Eesti_Toorahva_Kommuun, lk 34
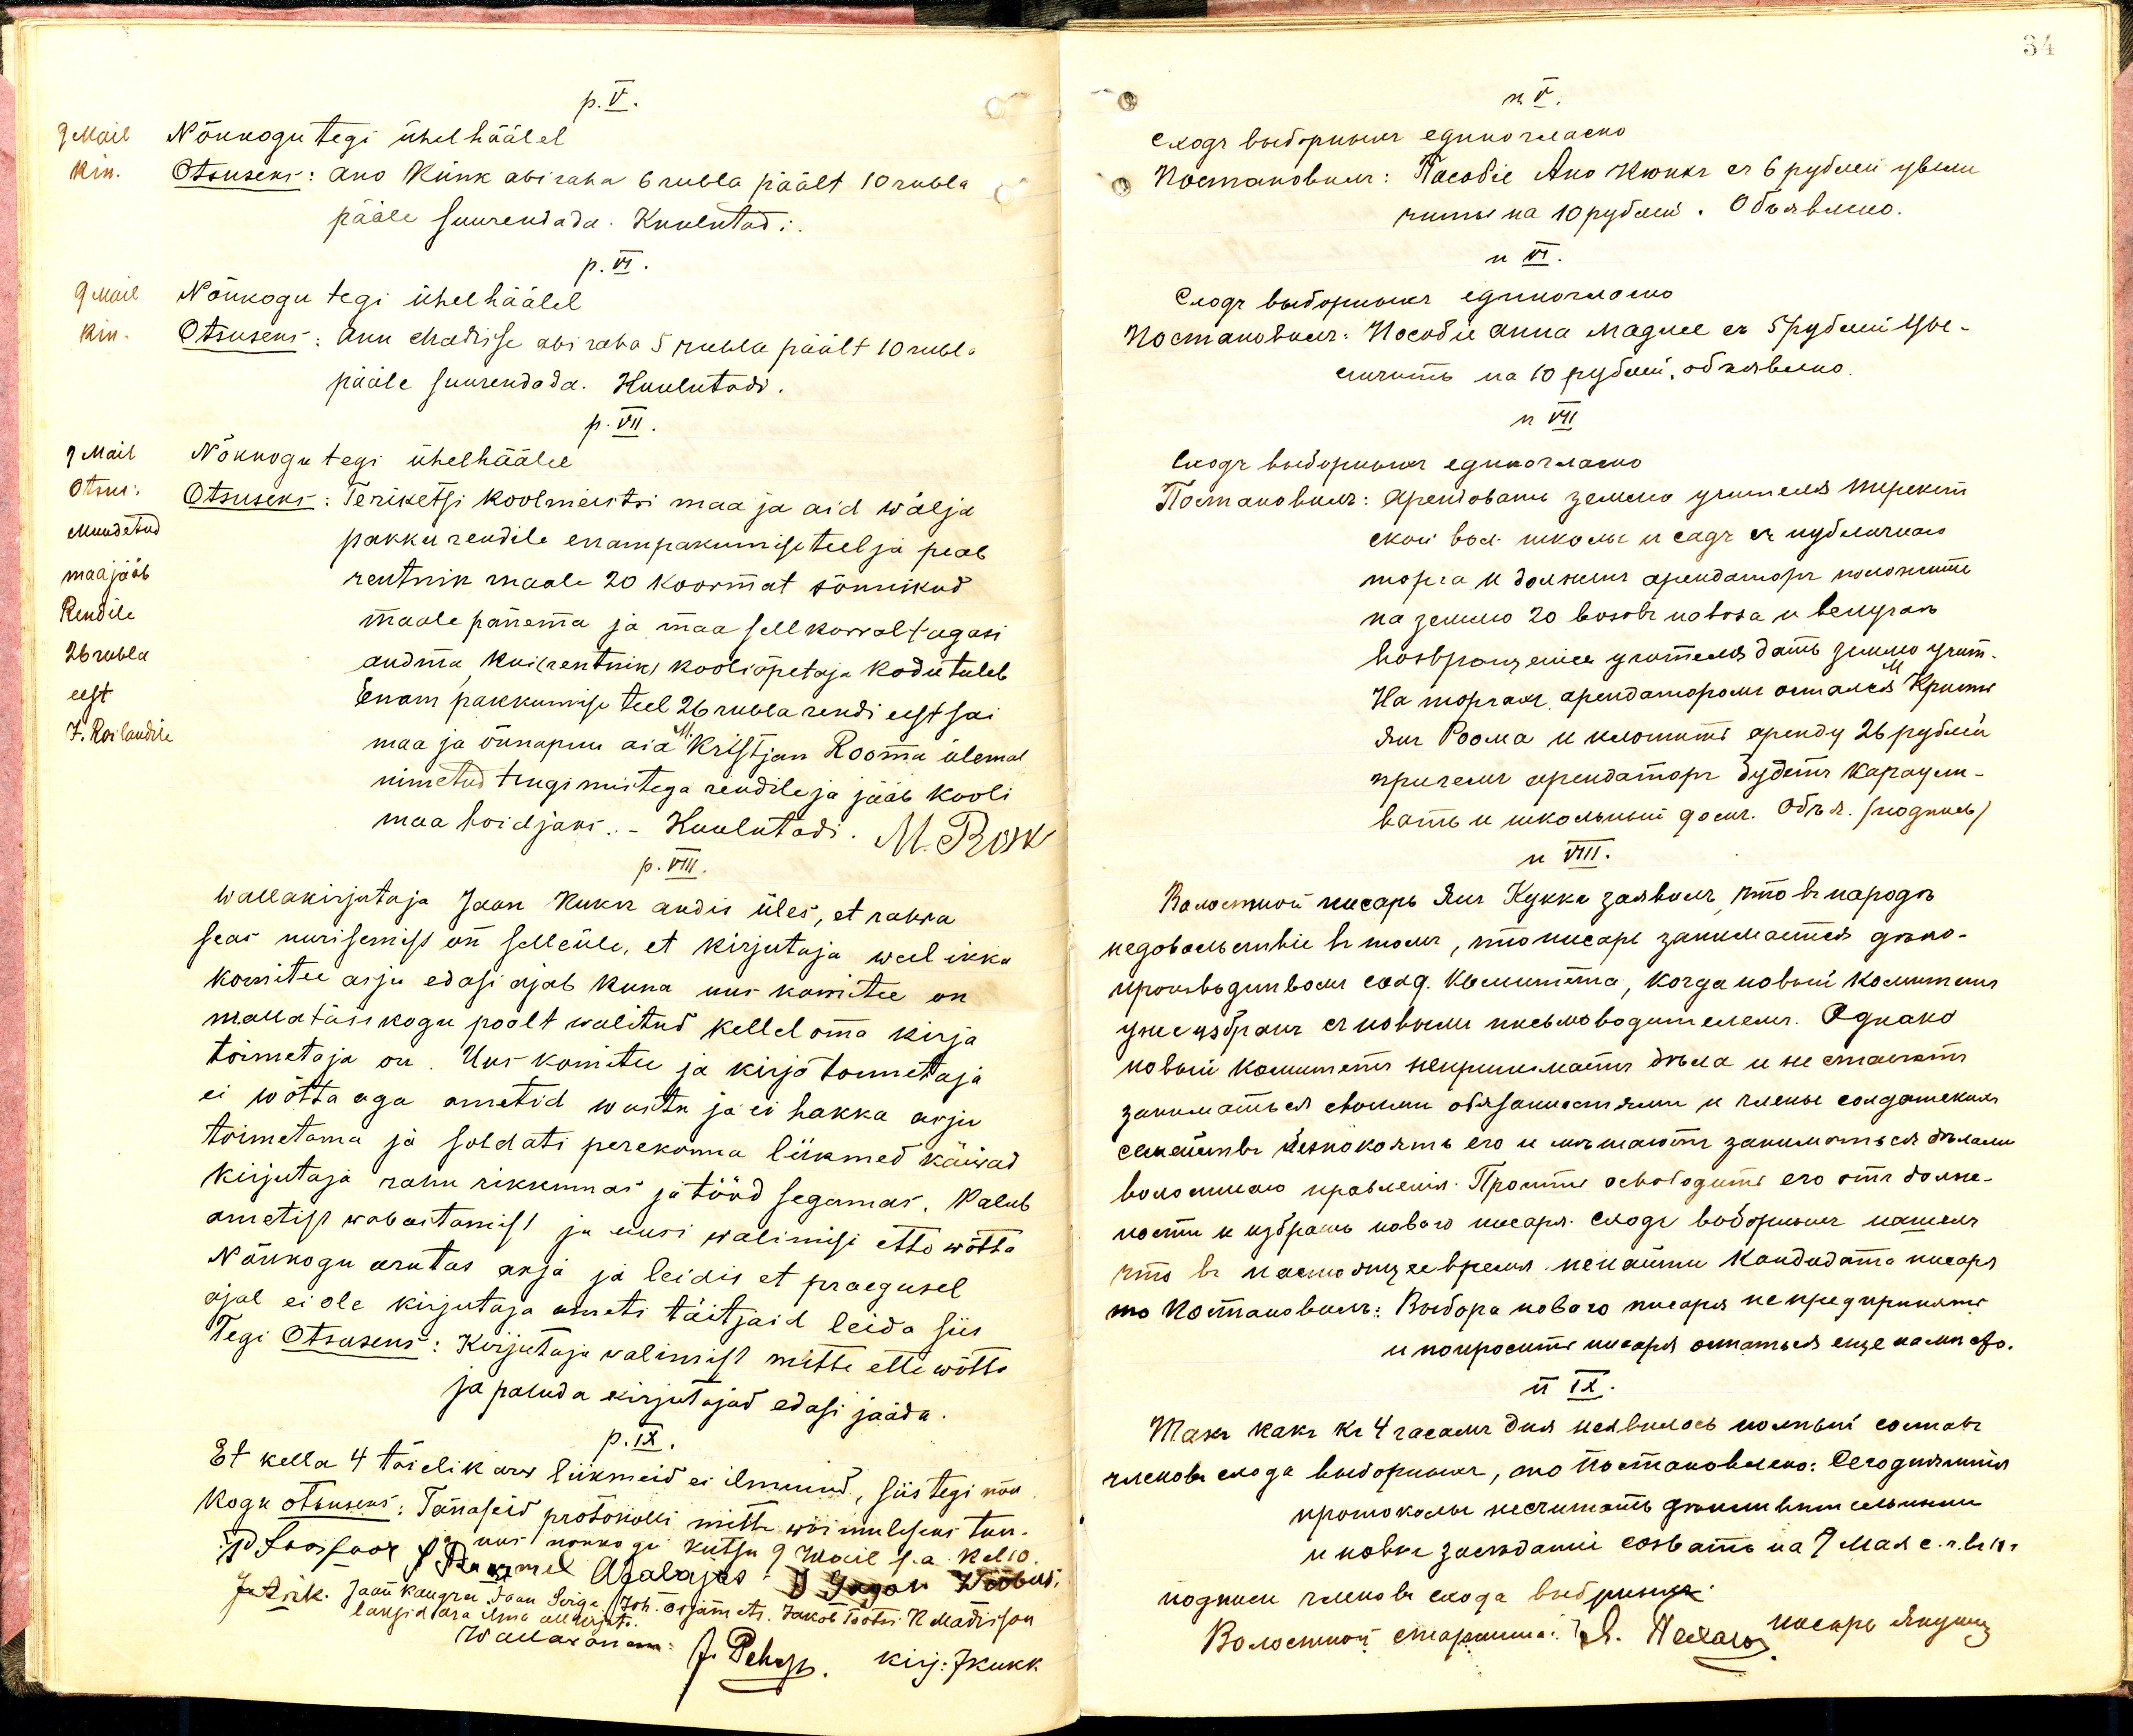
p.V.
Nõukogu tegi ühel häälel
Otsuseks: Ano Künk abiraha 6 rubla päält 10 rubla
pääle suurendada. Kuulutad:
p. VI.
Nõukogu tegi ühel häälel
Otsuseks: Anu Madisse abiraha 5 rubla päält 10 rubla
pääle suurendada. Kuulutadi.
p. VII.
Nõukogu tegi ühel häälel
Otsuseks: Teriketsi koolmeistri maa ja aid wälja
pakku rendile enampakumise teel ja peab
rentnik maale 20 koormat sõnnikud
maale panema ja maa sell korral tagasi
andma kui (rentnik) kooliõpetaja kodu tuleb
Enam pakkumise teel 26 rubla rendi eest sai
maa ja õunapuu aia Kristjan Rooma ülemal
nimetud tingimustega rendile ja jääb kooli
maa hoidjaks.- Kuulutadi. M. PON
p.VIII.
Wallakirjutaja Jaan Kuku andis üles, et rahwa
seas nurisemist on selle üle, et kirjutaja weel ikka
komitee asju edasi ajab kuna uus komitee on
walla täsikogu poolt walitud kellel oma kirja
toimetaja on. Uus komitee ja kirja toimetaja
ei wõtta aga ametid wastu ja ei hakka asju
toimetama ja soldati perekonna liikmed käiwad
kirjutaja rahu rikkumas ja tööd segamas. Palub
ametist wabastamist ja uusi walimisi ette wõtta
Nõukogu arutas asja ja leidis et praegusel
ajal ei ole kirjutaja ameti täitjaid leida siis
Tegi Otsuseks: Kirjutaja walimist mitte ette wõtta
ja paluda kirjutajad edasi jääda
p.IX.
Et kella 4 täielik arv liikmeid ei ilmunud, siis tegi nõu-
kogu otsuseks: Tänaseid protokolli mitte wõimuliseks tun.
1/8 toolaos 20/Xus. nõukogu kutsu 9. Wail s.a. kel 10.
1/2 Laofool X Kukmel Abelajas / 3. 9 agan. Wõbus
ja uus- nõukogu kütsu 9 Mail 7.a. kel 10.
Jutt, Mk. Jaan Kaugru Jaan Sirge 17th. asjamets. Jakob Töötsi R. Madrikon
patakk. 1 langida sõra ilma alla rjut.
Wallawanem
J. Pehup. kirj. 7 kukk.